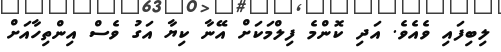
ލިބިފައި ވެއެވެ. އަދި ކޮންމެ ފިލްމަކަށް އޭނާ ކިޔާ އަގު ވެސް އިންތިހާއަށް